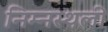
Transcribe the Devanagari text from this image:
निम्नस्थली